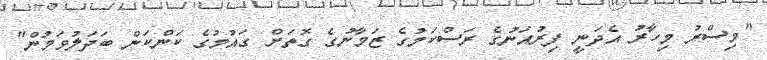
"މިސްރު މިހާރު އެދަނީ ފިރުއަނުގެ ރަސްކަމުގެ ޒަމާނުގެ ގޮތަށް ގައުމުގެ ކަންކަން ބަދަލުވަމުން"